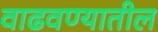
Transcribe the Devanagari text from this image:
वाढवण्यातील